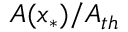
A ( x _ { * } ) / A _ { t h }